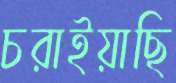
চরাইয়াছি